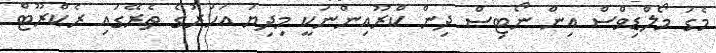
މެގަ މޯލްޑިވްސް އިން ނޯޓިސް ދިން ކްރޫއިންނަކީ މިދިޔަ އަހަރުގެ ތެރޭގައި ރެކްރޫޓް